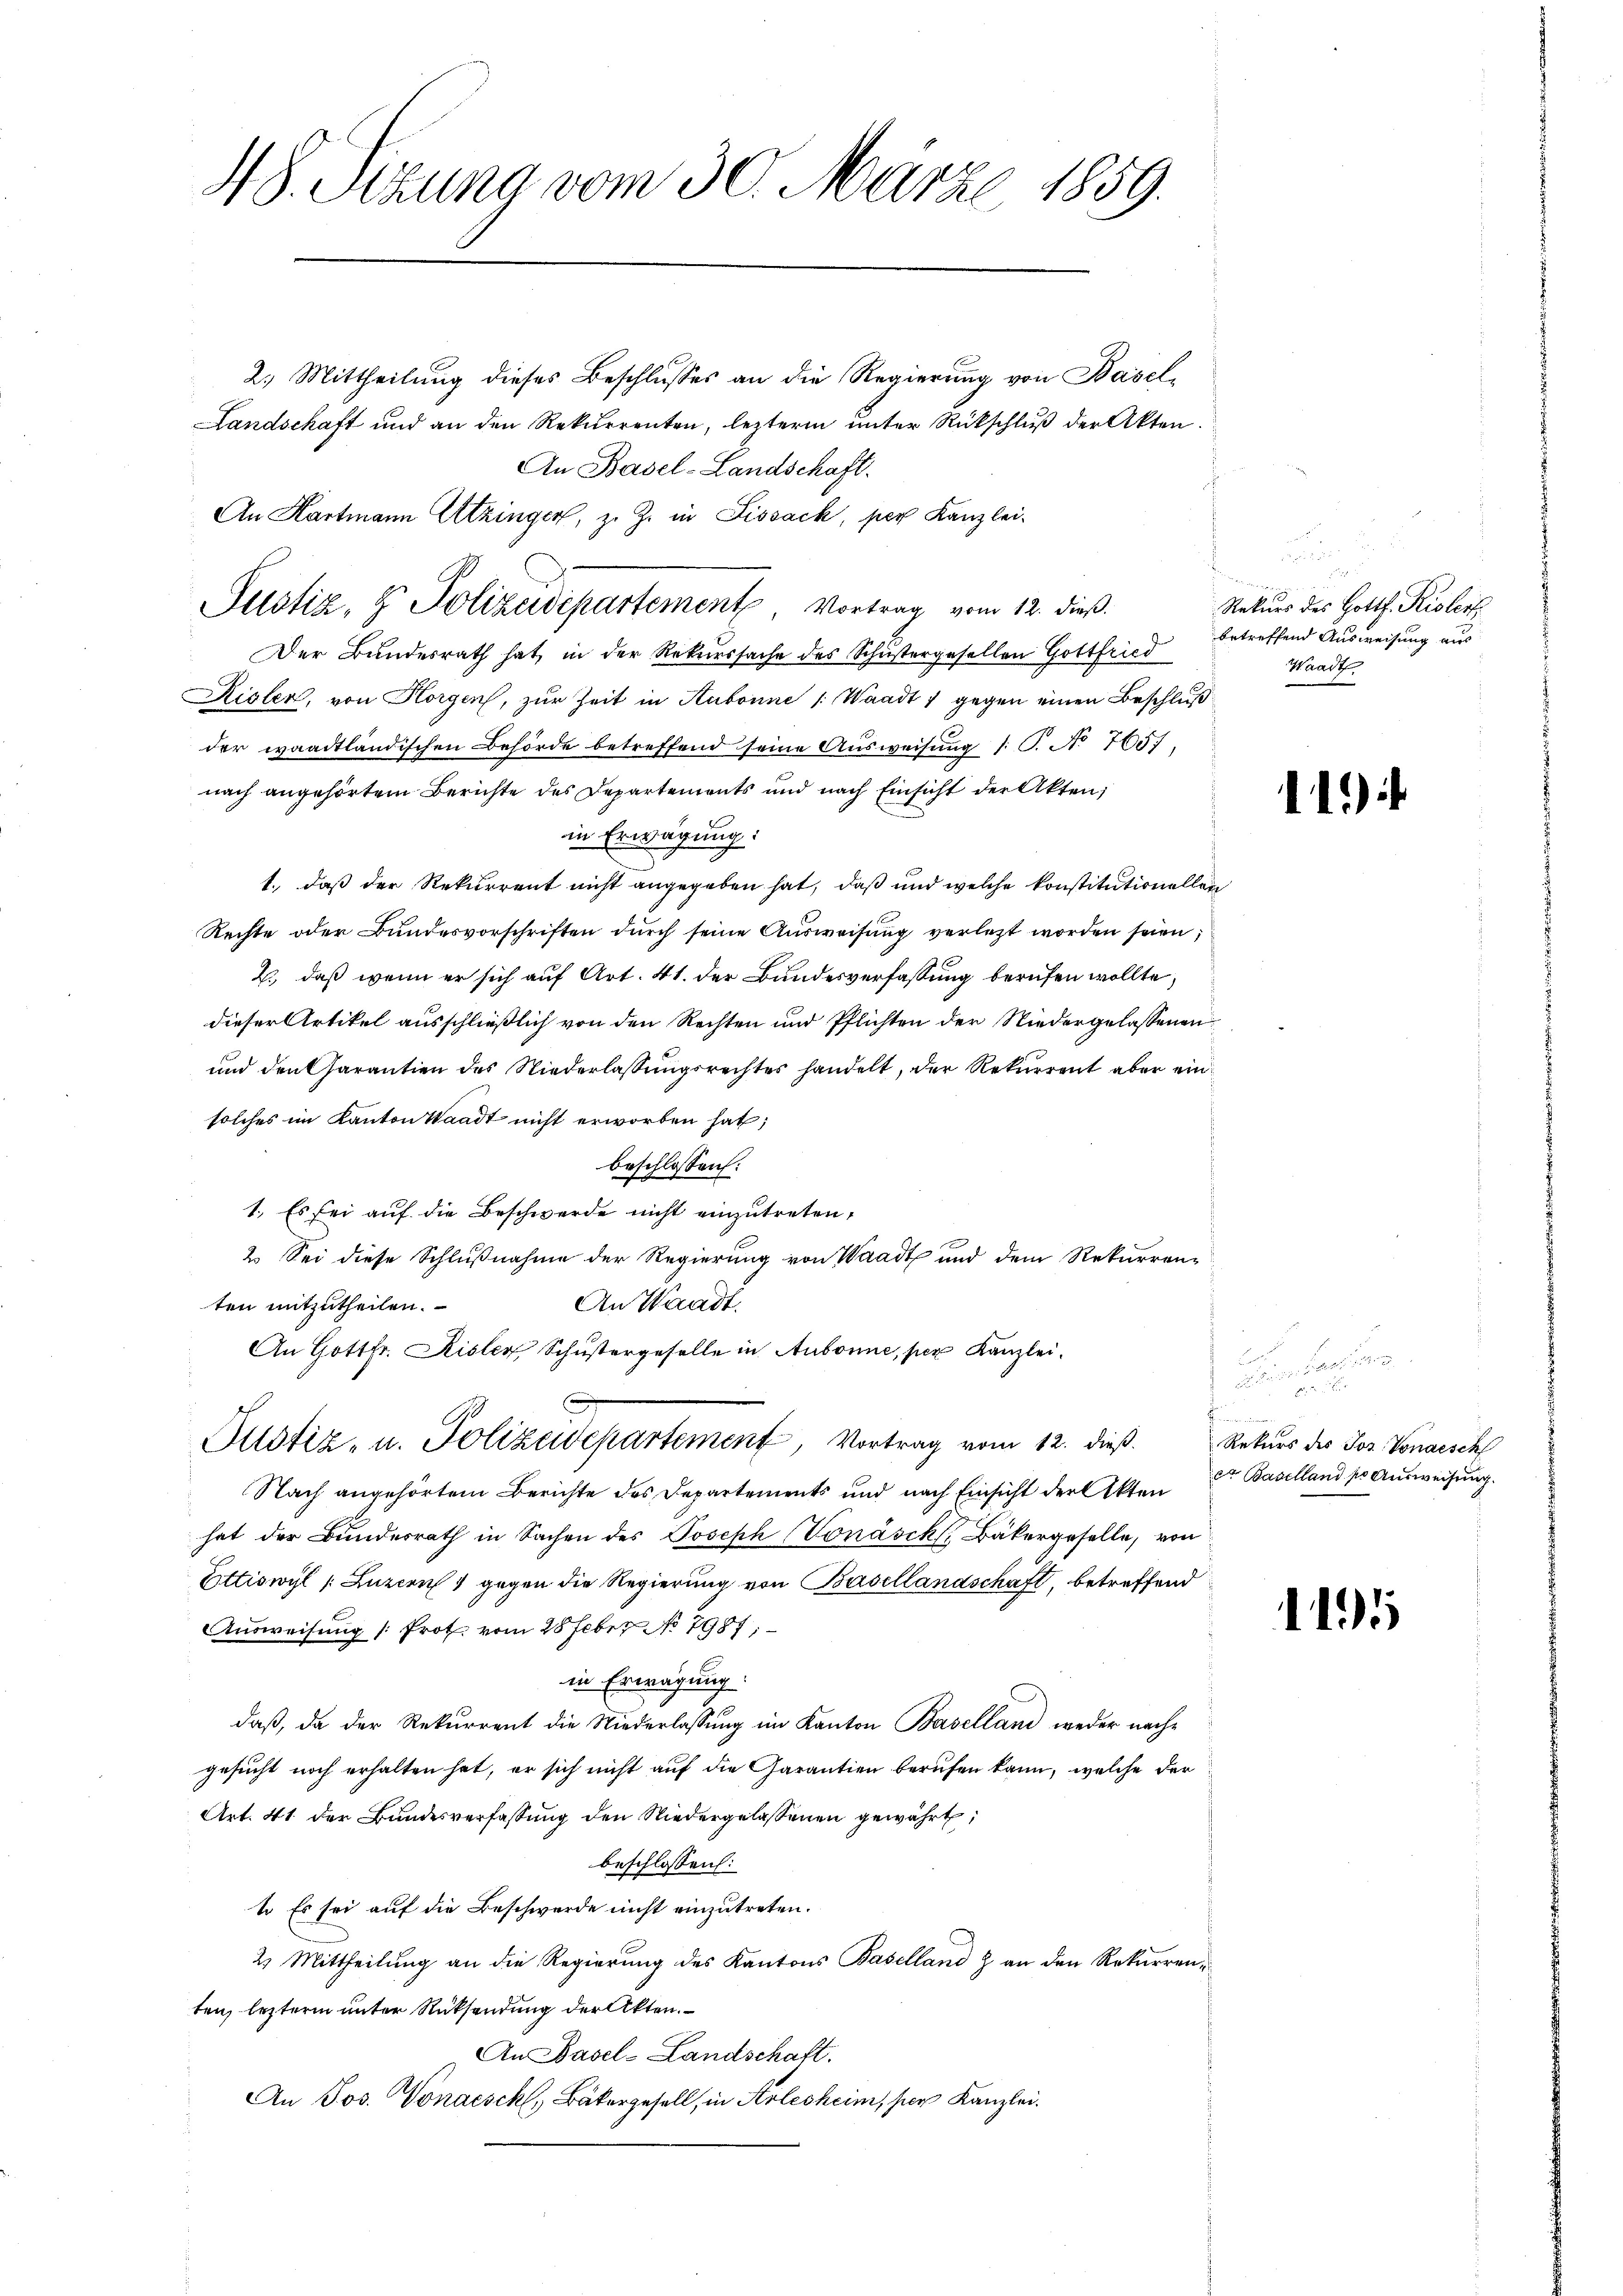
48. Sizung vom 30. Märze, 1859.

2.) Mittheilung dieses Beschlusses an die Regierung von Basel¬
Landschaft und an den Rekurrenten, lezterm ŭnter Rückschlŭβ der Akten.
An Basel-Landschaft.
An Hartmann Utzinger, z. Z. in Lissack, per Kanzlei-
Justiz- & Polizeidepartement, Vortrag vom 12. dieß.
Der Bundesrath hat, in der Rekurssache des Schustergesellen Gottfried
Aigler, von Horgen, zur Zeit in Aubonne /: Waadt 1 gegen einen Beschluß
der waadtländischen Behörde betreffend seine Aŭsweisŭng 1 S. No 105.
nach angehörtem Berichte des Departements und nach Einsicht der Akten,
in Erwägung:
1., daß der Rekurrent nicht angegeben hat, daß und welche konstitutionellen
Rechte oder Bundesvorschriften durch seine Ausweisung verletzt worden seien;
2., daß wenn er sich auf Art. 41. der Bundesverfassung berufen wollte,
dieser Artikel ausschließlich von den Rechten und Pflichten der Niedergelassenen
und den Charantien des Niederlassungsrechtes handelt, der Rekurrent aber einsolches im Kanton Waadt nicht erworben hat;
beschlossen:
1. Es sei auf die Beschwerde nicht einzutreten,
2. Sei diese Schlußnahme der Regierung von Waadt und dem Rekurren-
ten mitzutheilen.
An Waadt.
An Gottfr. Risler, Schustergeselle in Aubonne, per Kanzlei.
r
1
S
Justiz- u. Polizeidepartement, Vortrag vom 12. dieβ. Rekurs des Jos. Vonaisch
Nach angehörtem Berichte des Departements und nach Einsicht der Akten
hat der Bundesrath in Sachen des Joseph (Vonásck, Bäkergeselle, von
Fittiswyl (Luzern 4 gegen die Regierung von Basellandschaft, betreffend
Ausweisung [Prot. vom 28 Feber No 7987.
in Erwägung:
daß, da der Rekurrent die Niederlassŭng im Kanton Baselland weder nachgesucht noch erhalten hat, er sich nicht auf die Garantien berufen kann, welche der
Art. 41 der Bundesverfassung den Niedergelassenen gewährt,
beschlossen:
t. Es sei auf die Beschwerde nicht einzutreten.
2. Mittheilung an die Regierung des Kantons Baselland & an den Rekurrenten, lezterm unter Rücksendung der Akten.
An Basel-Landschaft.
An Jos. Vonaeschl, Bäkergesell, in Arlesheim, per Kanzlei.

8
.
e
Rekurs des Hottl. Kistert
betreffend Ausweisung aus
Waadt

11)

e
 als in der

et Baselland pr Ausweisung.

11